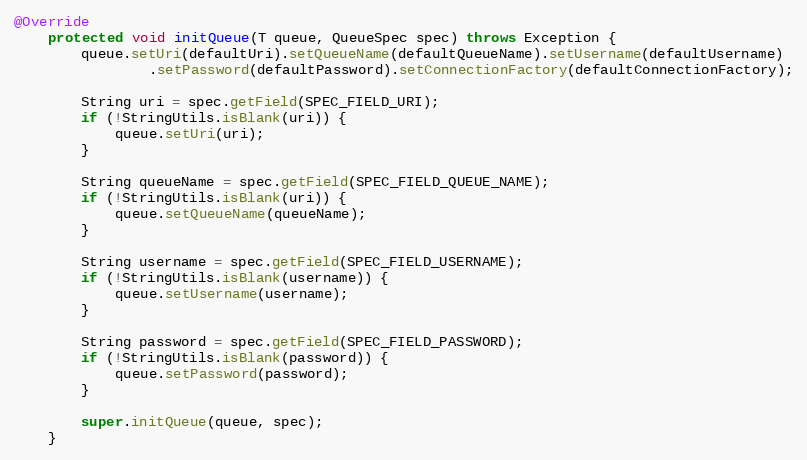
Language: Java
@Override
    protected void initQueue(T queue, QueueSpec spec) throws Exception {
        queue.setUri(defaultUri).setQueueName(defaultQueueName).setUsername(defaultUsername)
                .setPassword(defaultPassword).setConnectionFactory(defaultConnectionFactory);

        String uri = spec.getField(SPEC_FIELD_URI);
        if (!StringUtils.isBlank(uri)) {
            queue.setUri(uri);
        }

        String queueName = spec.getField(SPEC_FIELD_QUEUE_NAME);
        if (!StringUtils.isBlank(uri)) {
            queue.setQueueName(queueName);
        }

        String username = spec.getField(SPEC_FIELD_USERNAME);
        if (!StringUtils.isBlank(username)) {
            queue.setUsername(username);
        }

        String password = spec.getField(SPEC_FIELD_PASSWORD);
        if (!StringUtils.isBlank(password)) {
            queue.setPassword(password);
        }

        super.initQueue(queue, spec);
    }